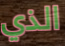
الذي